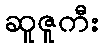
ဆူဇူကီး